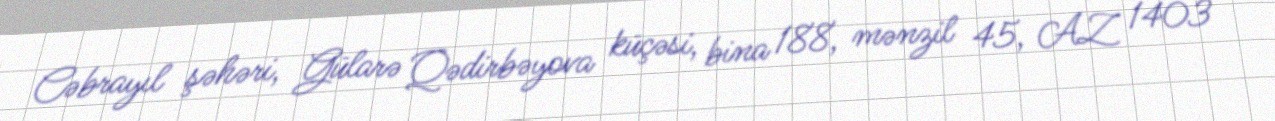
Cəbrayıl şəhəri, Gülarə Qədirbəyova küçəsi, bina 188, mənzil 45, AZ 1403